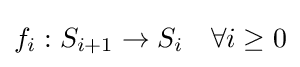
f_{i}:S_{i+1}\to S_{i}\quad \forall i\geq 0